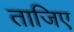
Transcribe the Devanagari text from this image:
ताजिए